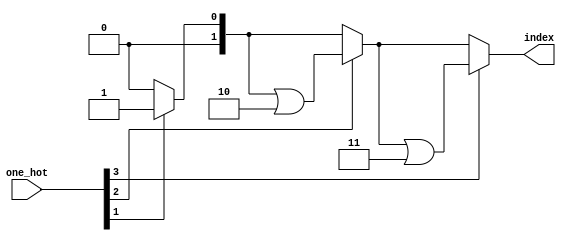
// Credit : https://github.com/jbush001/NyuziProcessor/blob/master/hardware/core/oh_to_idx.sv
//
// Copyright 2011-2015 Jeff Bush
//
// Licensed under the Apache License, Version 2.0 (the "License");
// you may not use this file except in compliance with the License.
// You may obtain a copy of the License at
//
//     http://www.apache.org/licenses/LICENSE-2.0
//
// Unless required by applicable law or agreed to in writing, software
// distributed under the License is distributed on an "AS IS" BASIS,
// WITHOUT WARRANTIES OR CONDITIONS OF ANY KIND, either express or implied.
// See the License for the specific language governing permissions and
// limitations under the License.
//

//
// Convert a one-hot signal to a binary index corresponding to the active bit.
// (Binary encoder)
// If DIRECTION is "LSB0", index 0 corresponds to the least significant bit
// If "MSB0", index 0 corresponds to the most significant bit
//

module oh_to_idx
    #(parameter NUM_SIGNALS = 4,
    parameter DIRECTION = "LSB0",
    parameter INDEX_WIDTH = $clog2(NUM_SIGNALS))

    (input[NUM_SIGNALS - 1:0]         one_hot,
    output reg[INDEX_WIDTH - 1:0]   index);

	integer oh_index;

    always @(*)
    begin : convert

        index = 0;

        for (oh_index = 0; oh_index < NUM_SIGNALS; oh_index=oh_index+1)
        begin
            if (one_hot[oh_index])
            begin
                if (DIRECTION == "LSB0")
                    index = index | oh_index[INDEX_WIDTH - 1:0];    // Use 'or' to avoid synthesizing priority encoder
                else
                    index = index | (NUM_SIGNALS[INDEX_WIDTH - 1:0] - oh_index[INDEX_WIDTH - 1:0] - 1);
            end
        end
    end
endmodule